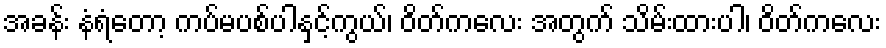
အခန်း နံရံတော့ ကပ်မပစ်ပါနှင့်ကွယ်၊ ဝိတ်ကလေး အတွက် သိမ်းထားပါ၊ ဝိတ်ကလေး